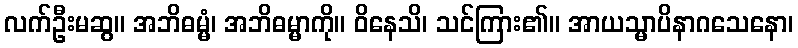
လက်ဦးမဆွ။ အဘိဓမ္မံ၊ အဘိဓမ္မာကို။ ဝိနေသိ၊ သင်ကြား၏။ အာယသ္မာပိနာဂသေနော၊